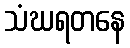
သံဃရတနေ